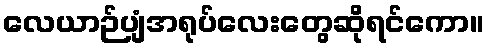
လေယာဉ်ပျံအရုပ်လေးတွေဆိုရင်ကော။